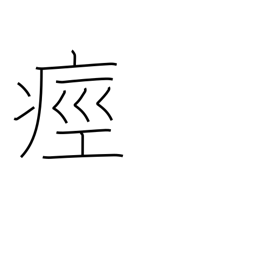
Meaning: have a cramp